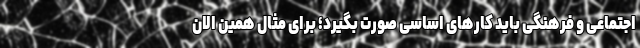
اجتماعی و فرهنگی باید کارهای اساسی صورت بگیرد؛ برای مثال همین الان